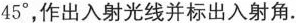
45°，作出入射光线并标出入射角。